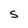
Character: S